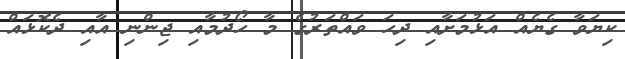
ކިޔަވާ ގެޔެއް އަޅުމަށާއި ދިހަ ވައްތަރުގެ މާ ހޯދުމާއި ޖިންނި އާއި ދެކޮޅައް